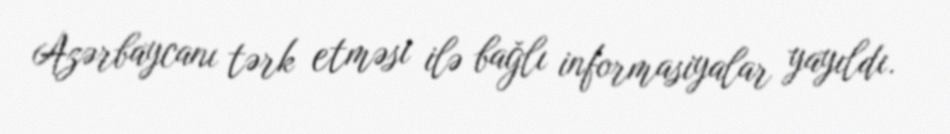
Azərbaycanı tərk etməsi ilə bağlı informasiyalar yayıldı.